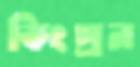
কিংপ্রন